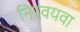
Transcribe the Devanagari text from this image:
निरवयवा